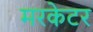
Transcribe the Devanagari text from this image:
मरकेटर